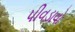
પીવડાવો